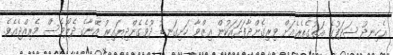
އެހިނދު ޝަދަފުގެ އަތުގެތެރެއަށް ވިރިގެންދާފަދައަކުން ޢިޒްވާ ހަށިގަނޑު ދޫވެގެންދިޔައިރު އޭނާގެ ދެލޯވެސް މެރިއްޖެއެވެ.